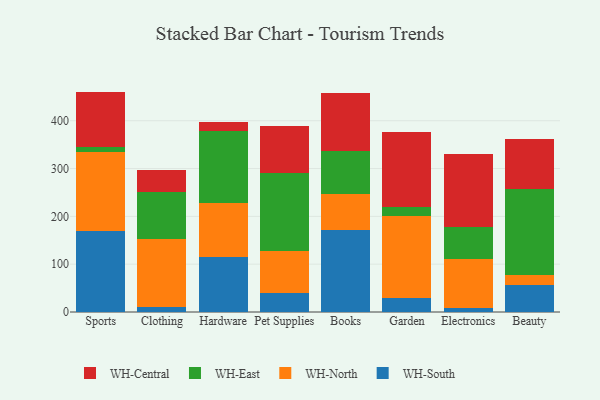
{"axis": {"x": "Category", "y": "Population (Million)"}, "legend": ["WH-Central", "WH-East", "WH-North", "WH-South"], "data": [{"x": "Sports", "y": 168.9, "type": "WH-South"}, {"x": "Sports", "y": 164.7, "type": "WH-North"}, {"x": "Sports", "y": 12.5, "type": "WH-East"}, {"x": "Sports", "y": 114.8, "type": "WH-Central"}, {"x": "Clothing", "y": 11.2, "type": "WH-South"}, {"x": "Clothing", "y": 141.2, "type": "WH-North"}, {"x": "Clothing", "y": 97.7, "type": "WH-East"}, {"x": "Clothing", "y": 47.8, "type": "WH-Central"}, {"x": "Hardware", "y": 114.9, "type": "WH-South"}, {"x": "Hardware", "y": 113.8, "type": "WH-North"}, {"x": "Hardware", "y": 150.5, "type": "WH-East"}, {"x": "Hardware", "y": 17.6, "type": "WH-Central"}, {"x": "Pet Supplies", "y": 38.9, "type": "WH-South"}, {"x": "Pet Supplies", "y": 88.6, "type": "WH-North"}, {"x": "Pet Supplies", "y": 163.6, "type": "WH-East"}, {"x": "Pet Supplies", "y": 98.4, "type": "WH-Central"}, {"x": "Books", "y": 172.0, "type": "WH-South"}, {"x": "Books", "y": 74.2, "type": "WH-North"}, {"x": "Books", "y": 90.9, "type": "WH-East"}, {"x": "Books", "y": 121.6, "type": "WH-Central"}, {"x": "Garden", "y": 28.8, "type": "WH-South"}, {"x": "Garden", "y": 172.7, "type": "WH-North"}, {"x": "Garden", "y": 17.6, "type": "WH-East"}, {"x": "Garden", "y": 157.5, "type": "WH-Central"}, {"x": "Electronics", "y": 8.5, "type": "WH-South"}, {"x": "Electronics", "y": 101.9, "type": "WH-North"}, {"x": "Electronics", "y": 66.4, "type": "WH-East"}, {"x": "Electronics", "y": 154.1, "type": "WH-Central"}, {"x": "Beauty", "y": 56.4, "type": "WH-South"}, {"x": "Beauty", "y": 21.4, "type": "WH-North"}, {"x": "Beauty", "y": 179.9, "type": "WH-East"}, {"x": "Beauty", "y": 104.7, "type": "WH-Central"}]}